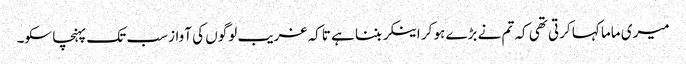
میری ماما کہا کرتی تھی کہ تم نے بڑے ہو کر اینکر بننا ہے تاکہ غریب لوگوں کی آواز سب تک پہنچا سکو۔